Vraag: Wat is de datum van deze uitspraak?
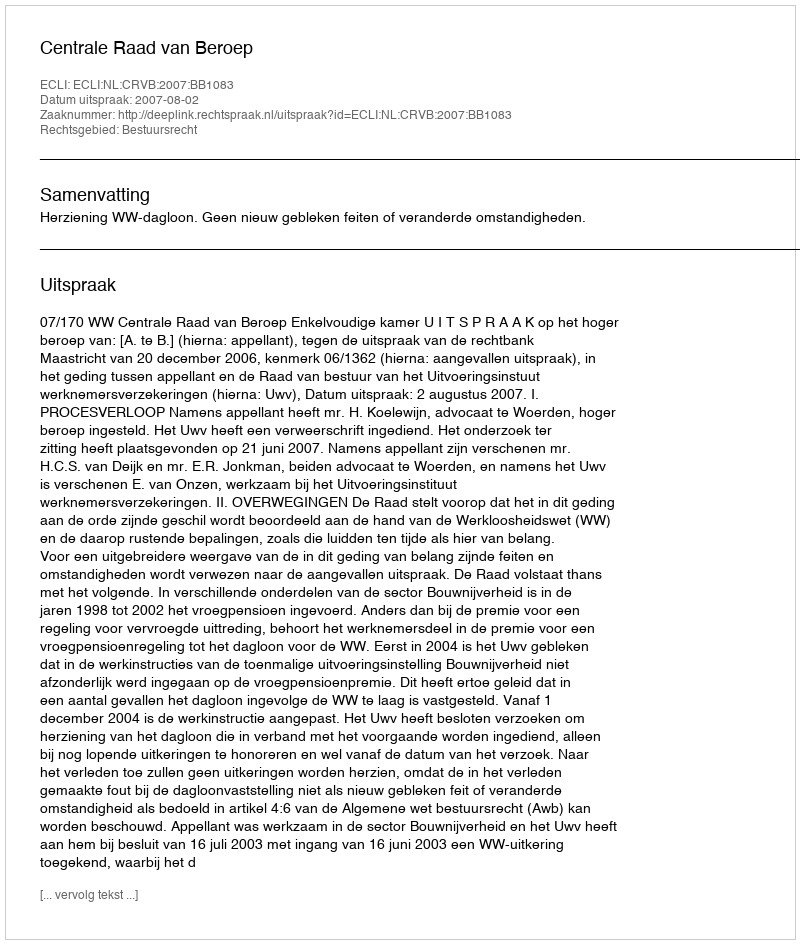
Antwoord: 2007-08-02